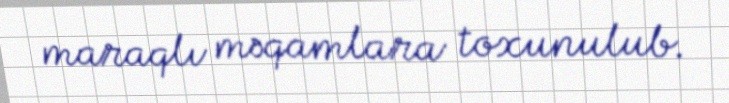
maraqlı məqamlara toxunulub.